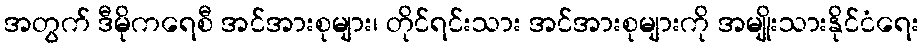
အတွက် ဒီမိုကရေစီ အင်အားစုများ၊ တိုင်ရင်းသား အင်အားစုများကို အမျိုးသားနိုင်ငံရေး